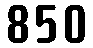
850